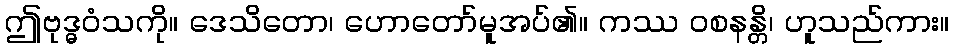
ဤဗုဒ္ဓဝံသကို။ ဒေသိတော၊ ဟောတော်မူအပ်၏။ ကဿ ဝစနန္တိ၊ ဟူသည်ကား။